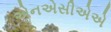
એનએસીએએ